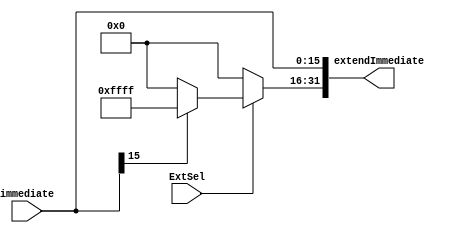
`timescale 1ns / 1ps
//////////////////////////////////////////////////////////////////////////////////
// Company: 
// Engineer: 
// 
// Design Name: 
// Module Name: sign_zero_extend
// Project Name: 
// Target Devices: 
// Tool Versions: 
// Description: 
// 
// Dependencies: 
// 
// Revision:
// Revision 0.01 - File Created
// Additional Comments:
// 
//////////////////////////////////////////////////////////////////////////////////


module sign_zero_extend(
        input [15:0] immediate,   
        input ExtSel,                 
        output [31:0] extendImmediate
    );
    
    assign extendImmediate[15:0] = immediate;
    assign extendImmediate[31:16] = (ExtSel == 1 ? (immediate[15] ? 16'hffff : 16'h0000) : 16'h0000);
    
endmodule